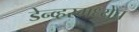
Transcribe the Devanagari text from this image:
डेन्व्हरमध्येच